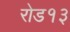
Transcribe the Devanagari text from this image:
रोड१३